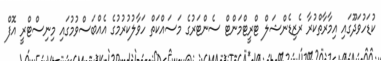
ކުޑަހުވަދޫގައި އިމާރާތްކުރާ ރެޒިޑެންޝަލް ޓްރީޓްމަންޓް ސެންޓަރުގެ މަސައްކަތް ހަވާލުކުރުމުގެ އެއްބަސްވުމުގައި މިނިސްޓްރީ އޮފް